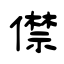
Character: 僸